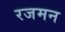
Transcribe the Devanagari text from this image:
रजमन